Annual administration report of the Bombay Presidency - 1887-1892
Year: 1887
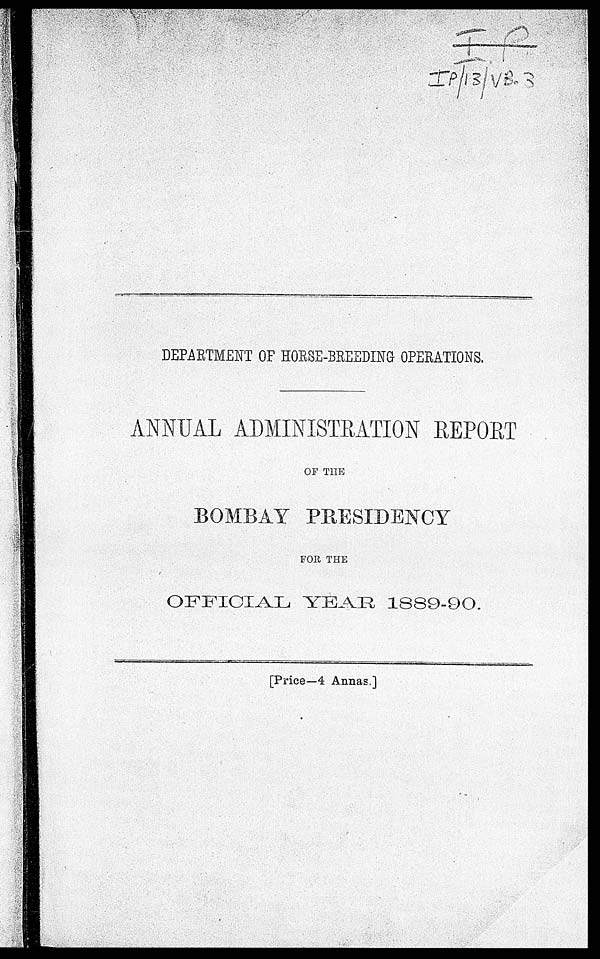
DEPARTMENT OF HORSE-BREEDING OPERATIONS.
ANNUAL ADMINISTRATION REPORT
OF THE
BOMBAY PRESIDENCY
FOR THE
OFFICIAL YEAR 1889-90.
[Price—4 Annas.]